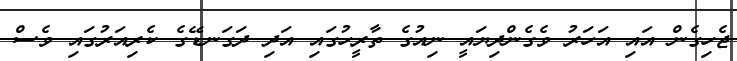
ޖެހިގެން އައި އަހަރު ވެގެންދިޔައީ ނިއުގެ ތާރީހުގައި އަދި ދަގަނޑޭގެ ކެރިއަރުގަައި ވެސް